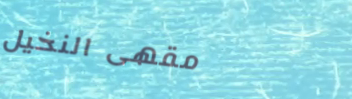
مقهى النخيل